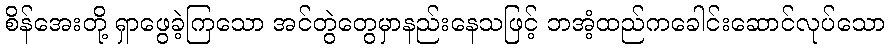
စိန်အေးတို့ ရှာဖွေခဲ့ကြသော အင်တွဲတွေမှာနည်းနေသဖြင့် ဘအံ့ထည်ကခေါင်းဆောင်လုပ်သော